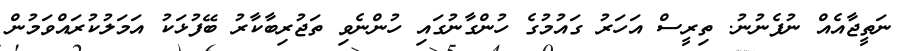
ނަތީޖާއެއް ނުފެނުނު. ތިރީސް އަހަރު ގައުމުގެ ހުންގާނުގައި ހުންނެވި ތަޖުރިބާކާރު ބޭފުޅަކު އަމަލުކުރައްވަމުން